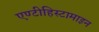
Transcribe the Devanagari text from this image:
एण्टीहिस्टामाइन